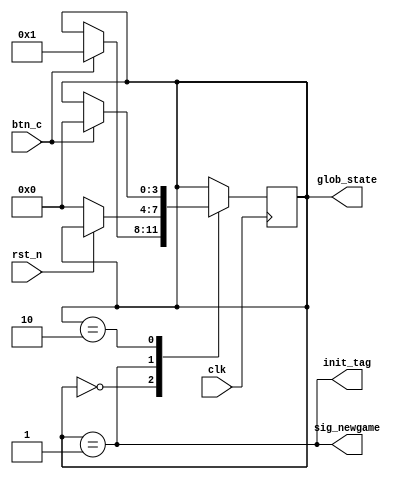
`timescale 1ns / 1ps
//////////////////////////////////////////////////////////////////////////////////
// Company: 
// Engineer: 
// 
// Design Name: 
// Module Name: tb_Controller
// Project Name: 
// Target Devices: 
// Tool Versions: 
// Description: 
// 
// Dependencies: 
// 
// Revision:
// Revision 0.01 - File Created
// Additional Comments:
// 
//////////////////////////////////////////////////////////////////////////////////

module MiniController(
    clk, btn_c, rst_n,
    glob_state, init_tag, sig_newgame
);
    input clk, btn_c, rst_n;
    output reg [3:0] glob_state = 0;
    output init_tag, sig_newgame;

    wire win_tag = 0;

    parameter state_init = 4'd0;
    parameter state_gaming = 4'd1;
    parameter state_end = 4'd2;

    assign init_tag = (glob_state == state_gaming);
    assign sig_newgame = (glob_state == state_gaming);

    always @(posedge clk) begin
        case (glob_state)
        state_init: begin
            if (btn_c) begin
                glob_state <= state_gaming;
            end
            else begin
                // do nothing
            end
        end
        state_gaming: begin
            if (!rst_n) begin
                glob_state <= state_init;
            end
            else if (win_tag) begin
                glob_state <= state_end;
            end
            else begin
                // do nothing
            end
        end
        state_end: begin
            if (btn_c) begin
                glob_state <= state_init;
            end
        end
        endcase
    end
endmodule

module tb_Controller(
    );
    reg clk = 0;
    reg btn_c = 0;
    reg rst_n = 1;
    wire [3:0] state;
    wire init, ng;

    MiniController ct_inst(
        .clk(clk), .btn_c(btn_c), .rst_n(rst_n),
        .glob_state(state), .init_tag(init), .sig_newgame(ng)
    );

    always #4 clk = ~clk;

    initial begin
        #15 btn_c = 1;
        #15 btn_c = 0;

        #20 rst_n = 0;
        #21 rst_n = 1;
    end
endmodule